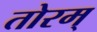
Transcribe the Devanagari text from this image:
तोरम्